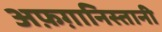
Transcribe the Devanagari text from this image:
अफ़ग़ानिस्तानी